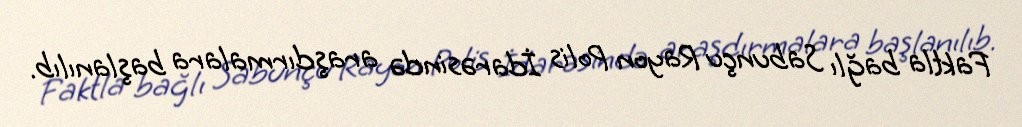
Faktla bağlı Sabunçu Rayon Polis İdarəsində araşdırmalara başlanılıb.